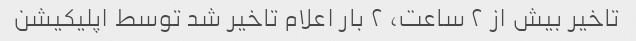
تاخیر بیش از ٢ ساعت، ٢ بار اعلام تاخیر شد توسط اپلیکیشن